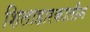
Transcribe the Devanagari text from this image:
शिलाहारकालीन